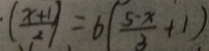
( \frac { x + 1 } { 2 } ) = 6 ( \frac { 5 - x } { 3 } + 1 )